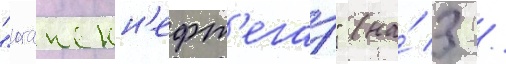
"юганскн'ефт'егаз" (на́ 3 /